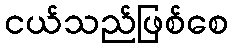
ငယ်သည်ဖြစ်စေ